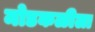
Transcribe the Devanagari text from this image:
मोडकळीला